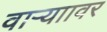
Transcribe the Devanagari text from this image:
वाऱ्याावर